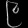
Digit: ၉